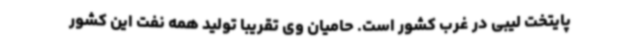
پایتخت لیبی در غرب کشور است. حامیان وی تقریبا تولید همه نفت این کشور